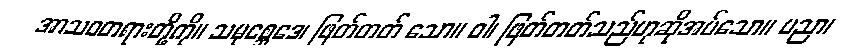
အာသဝတရားတို့ကို။ သမုစ္ဆေဒေ၊ ဖြတ်တတ် သော။ ဝါ၊ ဖြတ်တတ်သည်ဟုဆိုအပ်သော။ ပညာ၊